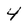
Character: 4